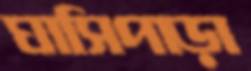
ঘাসিপাড়া